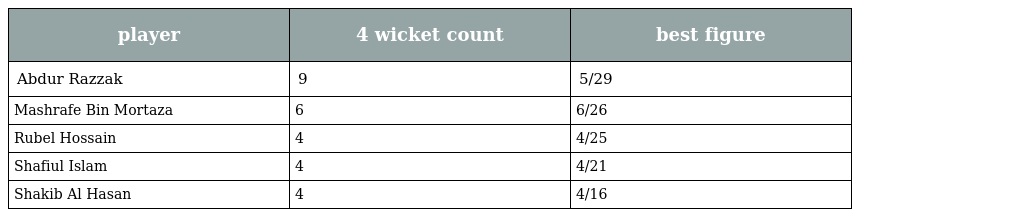
| player | 4 wicket count | best figure |
 | --- | --- | --- |
 | Abdur Razzak | 9 | 5/29 |
 | Mashrafe Bin Mortaza | 6 | 6/26 |
 | Rubel Hossain | 4 | 4/25 |
 | Shafiul Islam | 4 | 4/21 |
 | Shakib Al Hasan | 4 | 4/16 |